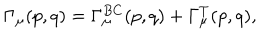
\Gamma _ { \mu } ( p , q ) = \Gamma _ { \mu } ^ { B C } ( p , q ) + \Gamma _ { \mu } ^ { T } ( p , q ) ,